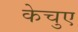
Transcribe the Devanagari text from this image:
केचुए